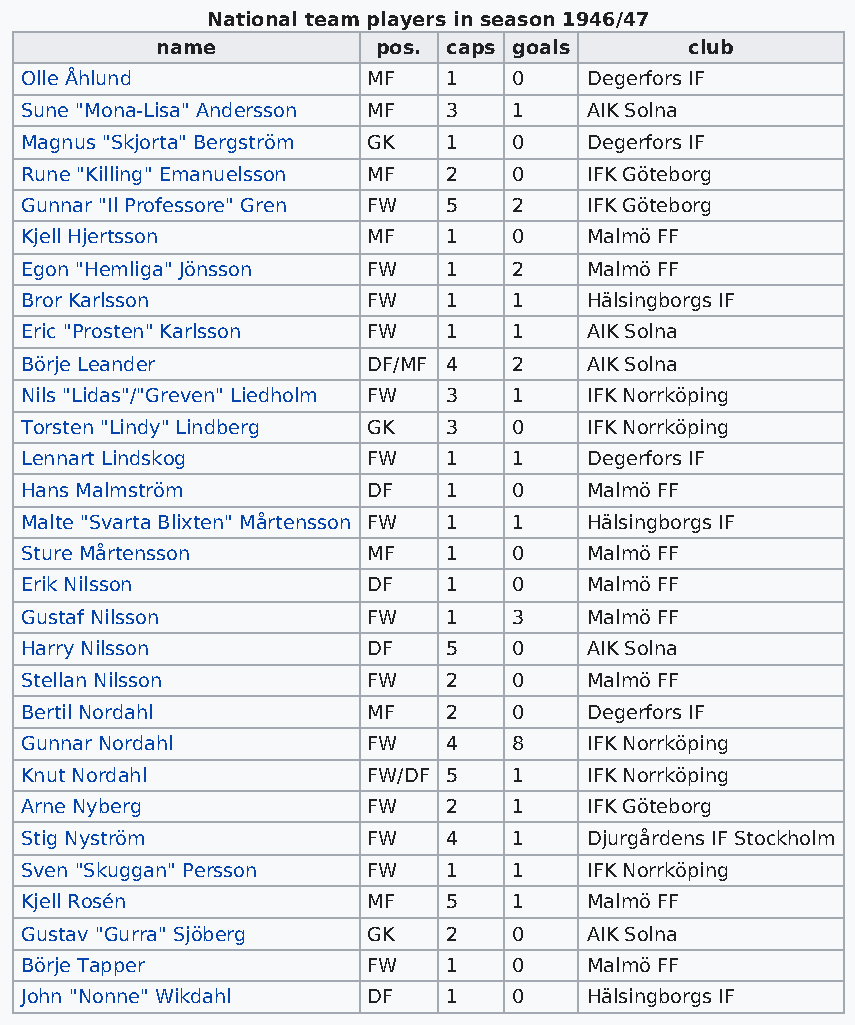
National team players in season 1946/47
 name           pos. caps goals      club
 Olle Åhlund            MF    1   0    Degerfors IF
 Sune "Mona-Lisa" Andersson MF 3  1    AIK Solna
 Magnus "Skjorta" Bergström GK 1  0    Degerfors IF
 Rune "Killing" Emanuelsson MF 2  0    IFK Göteborg
 Gunnar "Il Professore" Gren FW 5 2    IFK Göteborg
 Kjell Hjertsson        MF    1   0    Malmö FF
 Egon "Hemliga" Jönsson FW    1   2    Malmö FF
 Bror Karlsson          FW    1   1    Hälsingborgs IF
 Eric "Prosten" Karlsson FW   1   1    AIK Solna
 Börje Leander          DF/MF 4   2    AIK Solna
 Nils "Lidas"/"Greven" Liedholm FW 3 1 IFK Norrköping
 Torsten "Lindy" Lindberg GK  3   0    IFK Norrköping
 Lennart Lindskog       FW    1   1    Degerfors IF
 Hans Malmström         DF    1   0    Malmö FF
 Malte "Svarta Blixten" Mårtensson FW 1 1 Hälsingborgs IF
 Sture Mårtensson       MF    1   0    Malmö FF
 Erik Nilsson           DF    1   0    Malmö FF
 Gustaf Nilsson         FW    1   3    Malmö FF
 Harry Nilsson          DF    5   0    AIK Solna
 Stellan Nilsson        FW    2   0    Malmö FF
 Bertil Nordahl         MF    2   0    Degerfors IF
 Gunnar Nordahl         FW    4   8    IFK Norrköping
 Knut Nordahl           FW/DF 5   1    IFK Norrköping
 Arne Nyberg            FW    2   1    IFK Göteborg
 Stig Nyström           FW    4   1    Djurgårdens IF Stockholm
 Sven "Skuggan" Persson FW    1   1    IFK Norrköping
 Kjell Rosén            MF    5   1    Malmö FF
 Gustav "Gurra" Sjöberg GK    2   0    AIK Solna
 Börje Tapper           FW    1   0    Malmö FF
 John "Nonne" Wikdahl   DF    1   0    Hälsingborgs IF